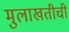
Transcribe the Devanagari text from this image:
मुलाखतीची